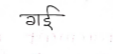
मजकूर: गई